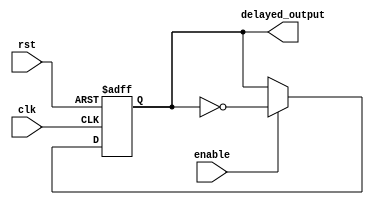
module nor_gate_delay (
    input wire clk, // Clock signal
    input wire rst, // Reset signal
    input wire enable, // Enable signal
    output reg delayed_output // Delayed output signal
);

reg delayed_signal; // Internal signal for delay

always @ (posedge clk or posedge rst) begin
    if (rst) begin
        delayed_signal <= 1'b0; // Reset the delayed signal
    end else begin
        if (enable) begin
            delayed_signal <= ~delayed_signal; // Invert the signal for delay
        end
    end
end

assign delayed_output = delayed_signal;

endmodule